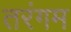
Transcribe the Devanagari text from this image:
तरंगम